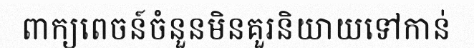
ពាក្យពេចន៍ចំនួនមិនគួរនិយាយទៅកាន់